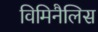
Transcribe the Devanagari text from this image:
विमिनैलिस